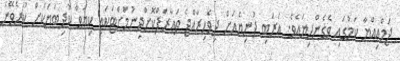
ޖަމްޢިއްޔާ ކަމުގައި ވެގެންދިޔައެވެ. ޢަރަބި ދުނިޔެއަށް ދިވެހިރާއްޖެ ތަޢާރަފްކޮށްދިނުމަށްޓަކައި ކިޔަވާ ކުދިބަޔަކަށް ކުރެވޭނެ